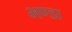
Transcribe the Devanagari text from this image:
भण्डा